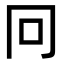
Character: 冋